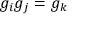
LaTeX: g _ { i } g _ { j } = g _ { k }